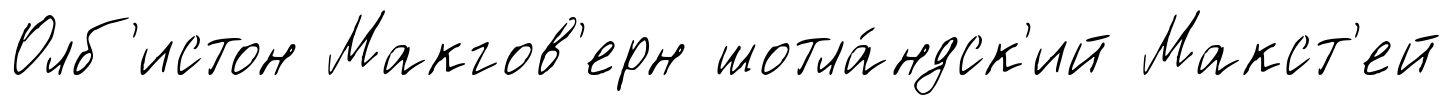
Олб'истон Макгов'ерн шотла́ндск'ий Макст'ей